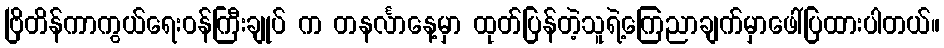
ဗြိတိန်ကာကွယ်ရေးဝန်ကြီးချုပ် က တနင်္လာနေ့မှာ ထုတ်ပြန်တဲ့သူရဲ့ကြေညာချက်မှာဖေါ်ပြထားပါတယ်။